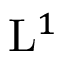
\mathrm { L } ^ { 1 }